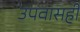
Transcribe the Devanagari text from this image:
उपवासही